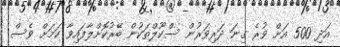
އަދި 500 އަށް ވުރެ ގިނަ ދަރިވަރުން ސްކޫލްތަކުން ބޭރުކޮށްލާފައިވާ ކަމަށް ވެސް